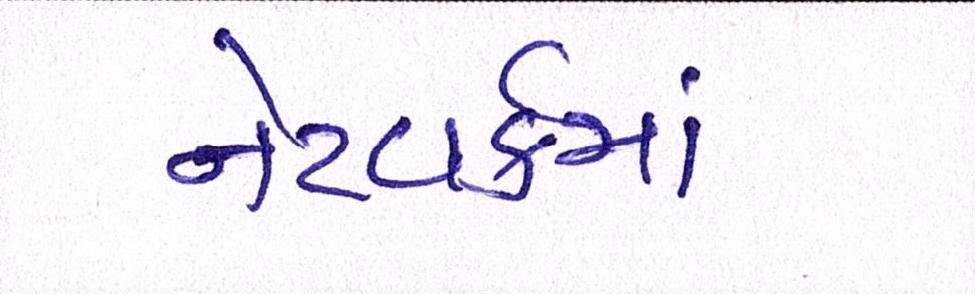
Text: નેટવર્કમાં